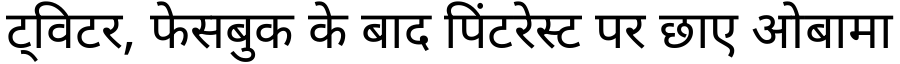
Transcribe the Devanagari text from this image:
ट्विटर, फेसबुक के बाद पिंटरेस्ट पर छाए ओबामा